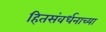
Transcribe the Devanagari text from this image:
हितसंवर्धनाच्या